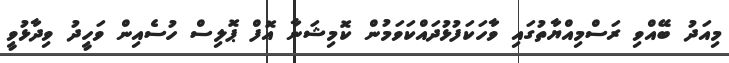
މިއަދު ބޭއްވި ރަސްމިއްޔާތުގައި ވާހަކަފުޅުދައްކަވަމުން ކޮމިޝަނާ އޮފް ޕޮލިސް ހުސެއިން ވަހީދު ވިދާޅުވީ